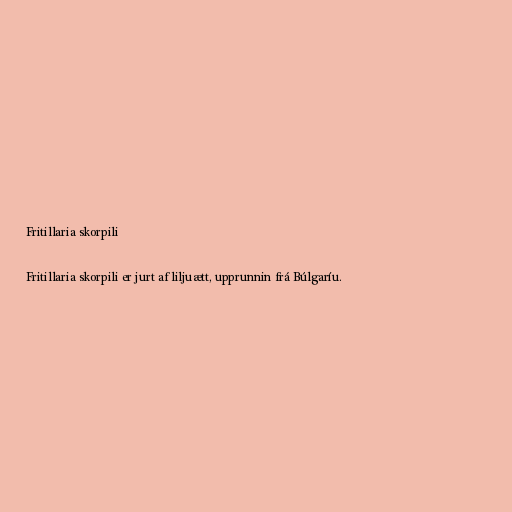
Fritillaria skorpili

Fritillaria skorpili er jurt af liljuætt, upprunnin frá Búlgaríu.